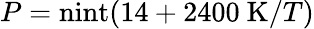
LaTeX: P=\mathrm{nint}(14+2400~\mathrm{K}/T)